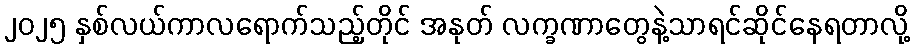
၂၀၂၅ နှစ်လယ်ကာလရောက်သည့်တိုင် အနုတ် လက္ခဏာတွေနဲ့သာရင်ဆိုင်နေရတာလို့